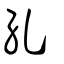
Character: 糺